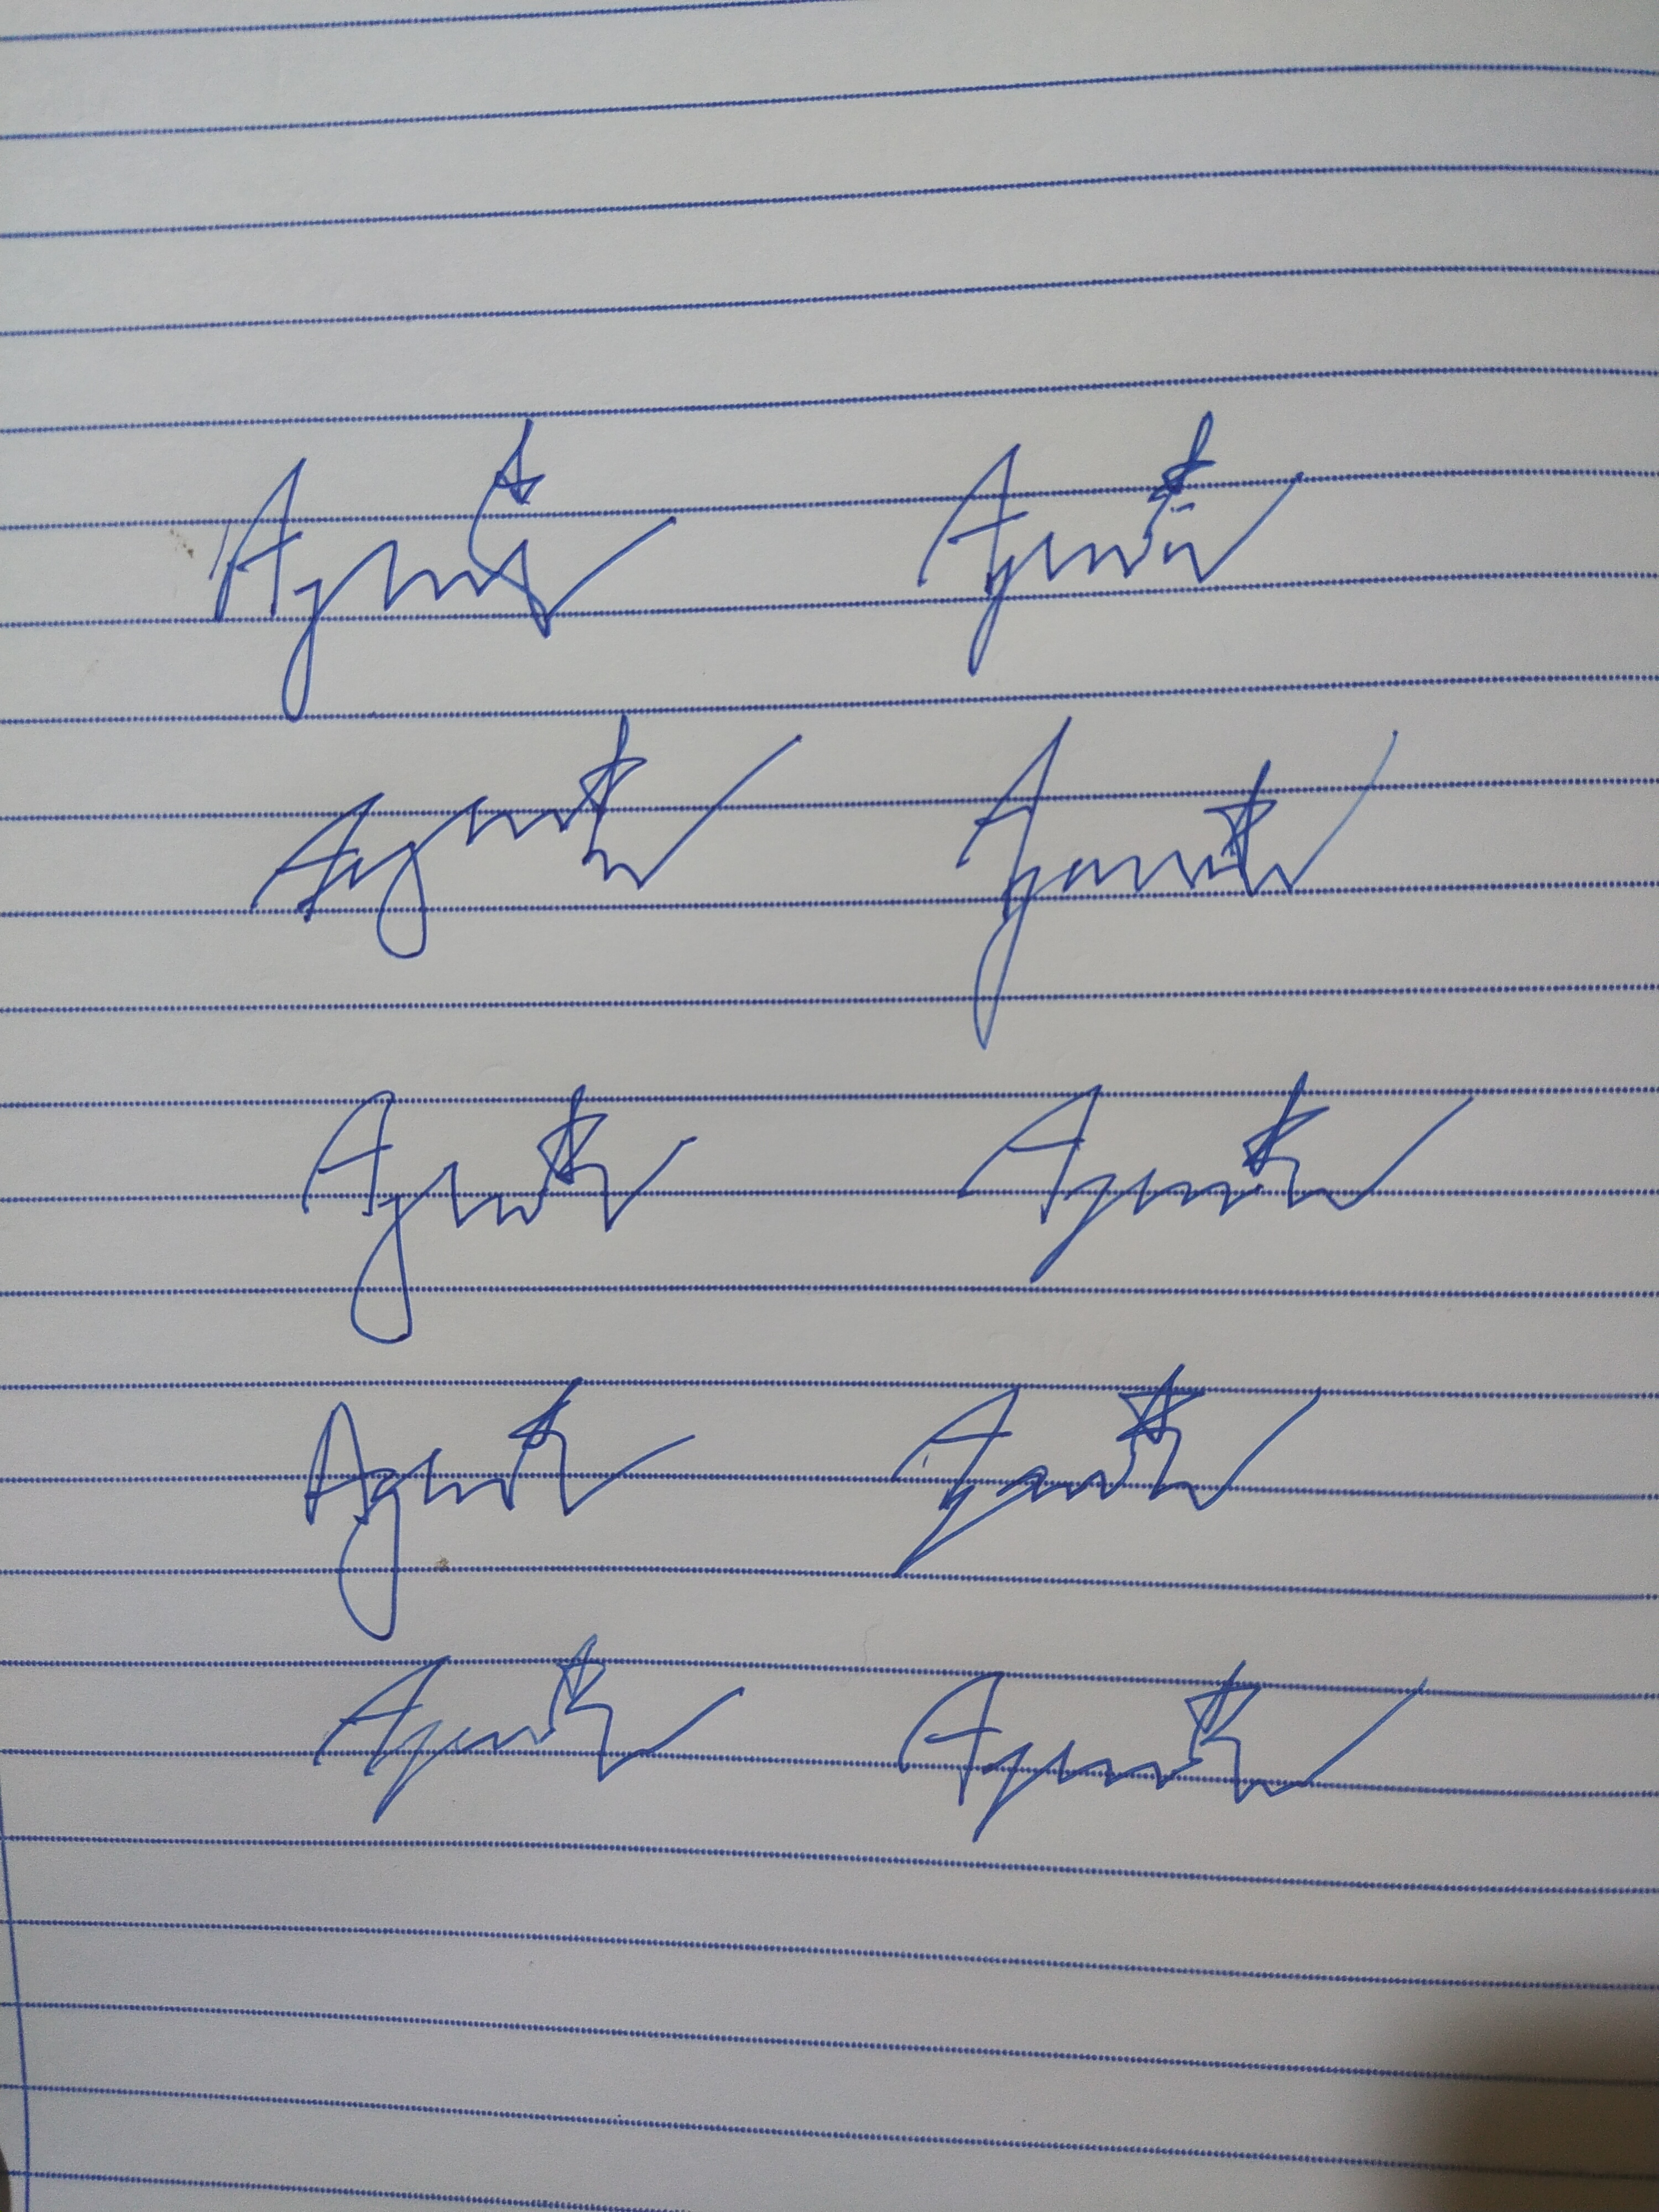
Signature authenticity: forged